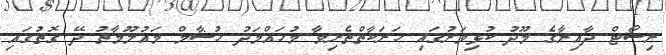
ރިސޯޓް ދާއިރާގެ މޫދު ކުޅިވަރުގައި ހަރަކާތްތެރިވާ މުހައްމަދު ހުޝާމް މައުލޫމާތު ދޭ ގޮތުގައި